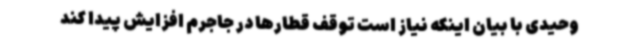
وحیدی با بیان اینکه نیاز است توقف قطارها در جاجرم افزایش پیدا کند